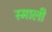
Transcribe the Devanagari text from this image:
स्माली